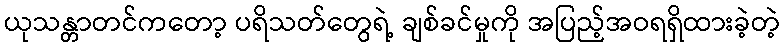
ယုသန္တာတင်ကတော့ ပရိသတ်တွေရဲ့ ချစ်ခင်မှုကို အပြည့်အဝရရှိထားခဲ့တဲ့